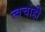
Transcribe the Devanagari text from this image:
त्वचाही